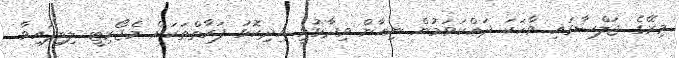
މިރޭގެ ޖަލްސާގައި ވާހަކަ ދައްކަވަމުން ނިހާން ވިދާޅުވީ އިދިކޮޅު ފަރާތްތަކަށް މެޖޯރިޓީ ލިބިފައިވާ